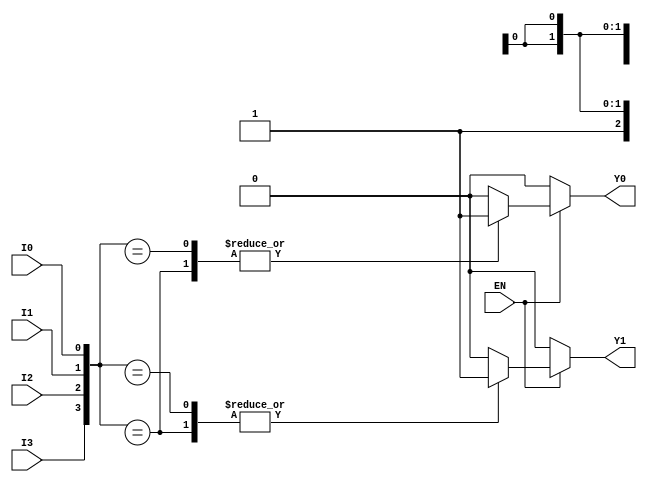
module encoder_4to2 (
    input wire I0,
    input wire I1,
    input wire I2,
    input wire I3,
    input wire EN,
    output reg Y0,
    output reg Y1
);

always @(*) begin
    if (EN) begin
        case ({I3, I2, I1, I0})
            4'b1xxx: begin  // I3 active
                Y0 = 1;
                Y1 = 1;
            end
            4'b01xx: begin  // I2 active
                Y0 = 0;
                Y1 = 1;
            end
            4'b001x: begin  // I1 active
                Y0 = 1;
                Y1 = 0;
            end
            4'b0001: begin  // I0 active
                Y0 = 0;
                Y1 = 0;
            end
            default: begin   // No active inputs
                Y0 = 0;
                Y1 = 0;
            end
        endcase
    end else begin
        // If EN is low, outputs are defined to 00
        Y0 = 0;
        Y1 = 0;
    end
end

endmodule